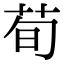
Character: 荀